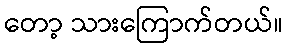
တော့ သားကြောက်တယ်။